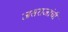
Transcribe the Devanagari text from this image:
जसराजांची